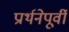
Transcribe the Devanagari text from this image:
प्रार्थनेपूर्वी